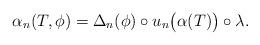
LaTeX: \begin{align*} \alpha_n(T,\phi) = \Delta_n(\phi) \circ u_n\bigl( \alpha(T) \bigr) \circ \lambda. \end{align*}